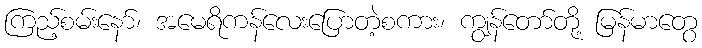
ကြည့်စမ်းနော်၊ အမေရိကန်လေးပြောတဲ့စကား၊ ကျွန်တော်တို့ မြန်မာတွေ